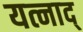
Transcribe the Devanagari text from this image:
यत्नाद्